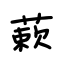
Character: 蔌